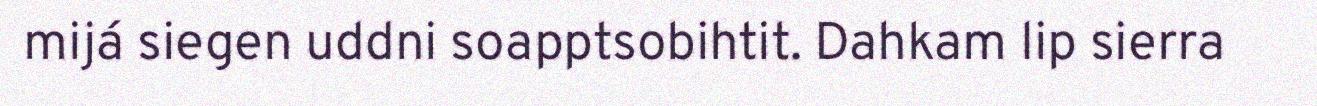
mijá siegen uddni soapptsobihtit. Dahkam lip sierra